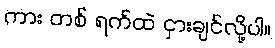
ကား တစ် ရက်ထဲ ငှားချင်လို့ပါ။